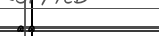
٢٩